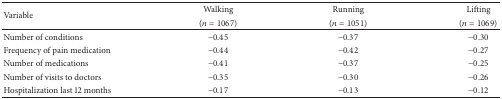
| <ROWSPAN=2> Variable | Walking | Running | Lifting |
 | (n = 1067) | (n = 1051) | (n = 1069) |
 | --- | --- | --- | --- |
 | Number of conditions | −0.45 | −0.37 | −0.30 |
 | Frequency of pain medication | −0.44 | −0.42 | −0.27 |
 | Number of medications | −0.41 | −0.37 | −0.25 |
 | Number of visits to doctors | −0.35 | −0.30 | −0.26 |
 | Hospitalization last 12 months | −0.17 | −0.13 | −0.12 |